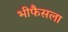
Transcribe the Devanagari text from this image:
भीफैसला